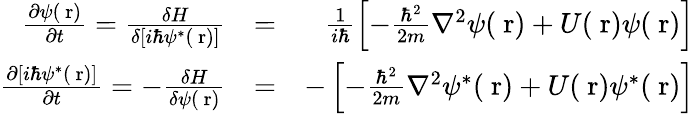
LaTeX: \begin{array}{rlr}{\frac{\partial\psi(\mathrm{\mathbf~r})}{\partial t}=\frac{\delta H}{\delta[i\hbar\psi^{*}(\mathrm{\mathbf~r})]}}&{=}&{\frac{1}{i\hbar}\left[-\frac{\hbar^{2}}{2m}\nabla^{2}\psi(\mathrm{\mathbf~r})+U(\mathrm{\mathbf~r})\psi(\mathrm{\mathbf~r})\right]}\\ {\frac{\partial[i\hbar\psi^{*}(\mathrm{\mathbf~r})]}{\partial t}=-\frac{\delta H}{\delta\psi(\mathrm{\mathbf~r})}}&{=}&{-\left[-\frac{\hbar^{2}}{2m}\nabla^{2}\psi^{*}(\mathrm{\mathbf~r})+U(\mathrm{\mathbf~r})\psi^{*}(\mathrm{\mathbf~r})\right]}\end{array}